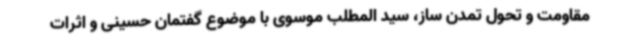
مقاومت و تحول تمدن ساز، سید المطلب موسوی با موضوع گفتمان حسینی و اثرات